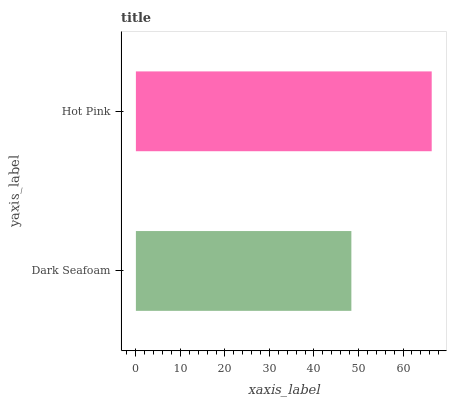
| yaxis_label | bars |
 | --- | --- |
 | Dark Seafoam | 48.4 |
 | Hot Pink | 66.4 |